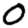
Digit: 0